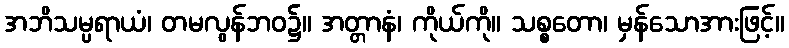
အဘိသမ္ပရာယံ၊ တမလွန်ဘဝ၌။ အတ္တာနံ၊ ကိုယ်ကို။ သစ္စတော၊ မှန်သောအားဖြင့်။